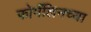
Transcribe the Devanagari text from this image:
फोर्मॅलिनच्या